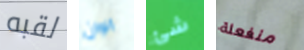
لقبه الوان شئ منفعلة